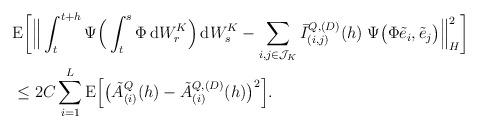
LaTeX: \begin{align*} &\mathrm{E}\bigg[\Big\|\int_t^{t+h} \Psi \Big( \int_t^s \Phi \,\mathrm{d}W_r^K\Big)\, \mathrm{d}W_s^K -\sum_{i,j \in \mathcal{J}_K} \bar{I}_{(i,j)}^{Q,(D)}(h) \; \Psi \big(\Phi \tilde{e}_i, \tilde{e}_j\big) \Big\|_H^2\bigg] \\ &\leq 2C \sum_{i=1}^L \mathrm{E}\Big[\big( \tilde{A}_{(i)}^Q(h) -\tilde{A}_{(i)}^{Q,(D)}(h)\big)^2\Big].\end{align*}